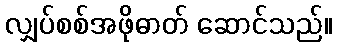
လျှပ်စစ်အဖိုဓာတ် ဆောင်သည်။